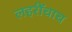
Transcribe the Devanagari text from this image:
लहरींचाच